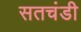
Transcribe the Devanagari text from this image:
सतचंडी